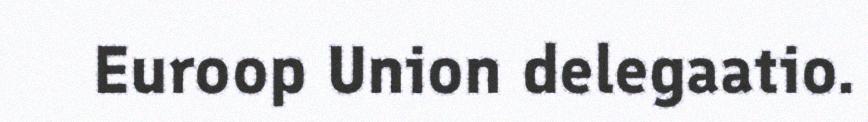
Euroop Union delegaatio.